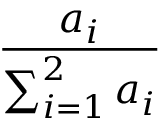
\frac { a _ { i } } { \sum _ { i = 1 } ^ { 2 } a _ { i } }